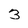
Character: 3